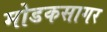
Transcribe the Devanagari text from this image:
मोडकसागर